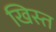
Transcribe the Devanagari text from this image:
खिस्‍त